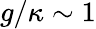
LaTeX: g/\kappa\sim 1